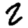
Digit: 2